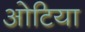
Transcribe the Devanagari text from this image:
ओटिया